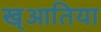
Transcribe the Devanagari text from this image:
ख्आतिया